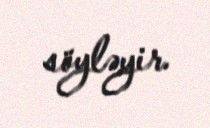
söyləyir.